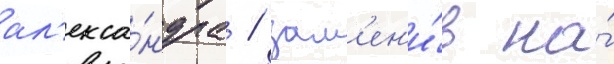
ал'екса́ндра / зам'ен'и́в на́